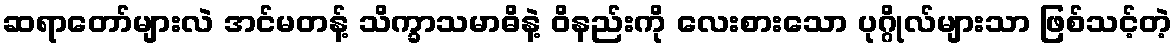
ဆရာတော်များလဲ အင်မတန့် သိက္ခာသမာဓိနဲ့ ဝိနည်းကို လေးစားသော ပုဂ္ဂိုလ်များသာ ဖြစ်သင့်တဲ့